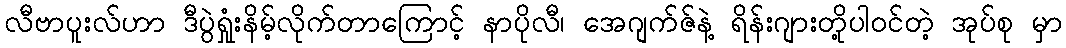
လီဗာပူးလ်ဟာ ဒီပွဲရှုံးနိမ့်လိုက်တာကြောင့် နာပိုလီ၊ အေဂျက်ဇ်နဲ့ ရိန်းဂျားတို့ပါဝင်တဲ့ အုပ်စု မှာ